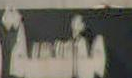
الجة